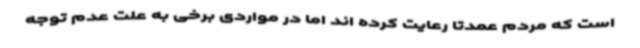
است که مردم عمدتاً رعایت کرده اند اما در مواردی برخی به علت عدم توجه